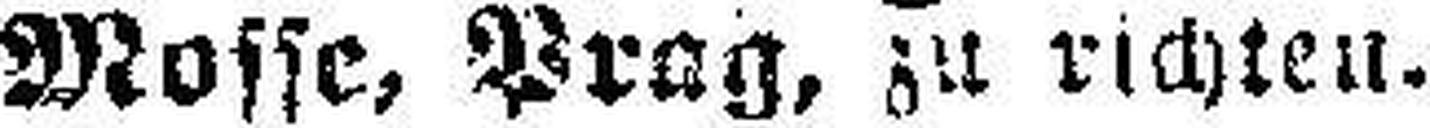
Mosse, Prag, zu richten.